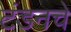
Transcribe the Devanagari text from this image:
टंडनचे